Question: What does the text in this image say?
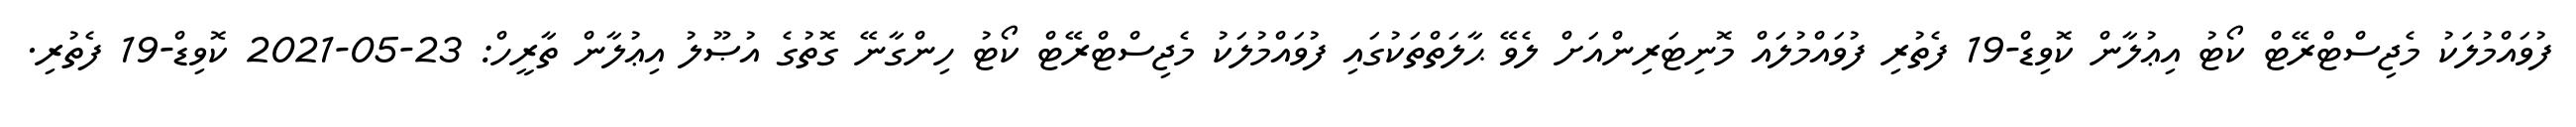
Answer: ފުވައްމުލަކު މެޖިސްޓްރޭޓް ކޯޓު އިޢުލާން ކޮވިޑް-19 ފެތުރި ފުވައްމުލައް މޮނިޓަރިންއަށް ލެވޭ ޙާލަތްތަކުގައި ފުވައްމުލަކު މެޖިސްޓްރޭޓް ކޯޓު ހިންގާނޭ ގޮތުގެ އުޞޫލު އިޢުލާން ތާރީހް: 23-05-2021 ކޮވިޑް-19 ފެތުރި.